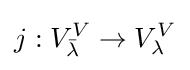
j:V_{\bar {\lambda }}^{V}\rightarrow V_{\lambda }^{V}